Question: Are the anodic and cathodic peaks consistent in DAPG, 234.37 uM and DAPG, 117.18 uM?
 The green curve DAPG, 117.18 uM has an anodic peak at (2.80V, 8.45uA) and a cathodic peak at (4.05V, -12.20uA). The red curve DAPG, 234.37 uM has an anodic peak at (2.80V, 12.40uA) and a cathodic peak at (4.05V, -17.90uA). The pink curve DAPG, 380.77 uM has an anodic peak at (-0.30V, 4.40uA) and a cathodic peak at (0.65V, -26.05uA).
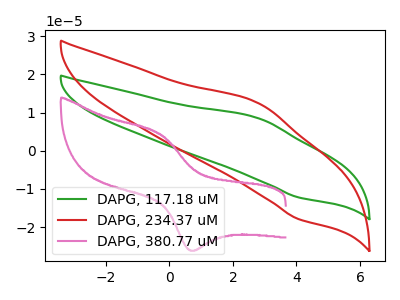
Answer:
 <answer>Yes, "DAPG, 234.37 uM" have a peak in "DAPG, 117.18 uM" at the same potential.</answer>
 <eval>match</eval>